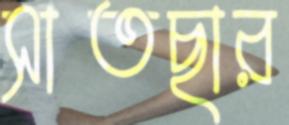
সাতছার